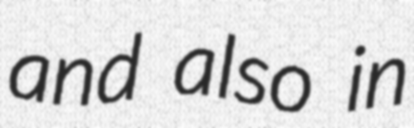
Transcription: and also in